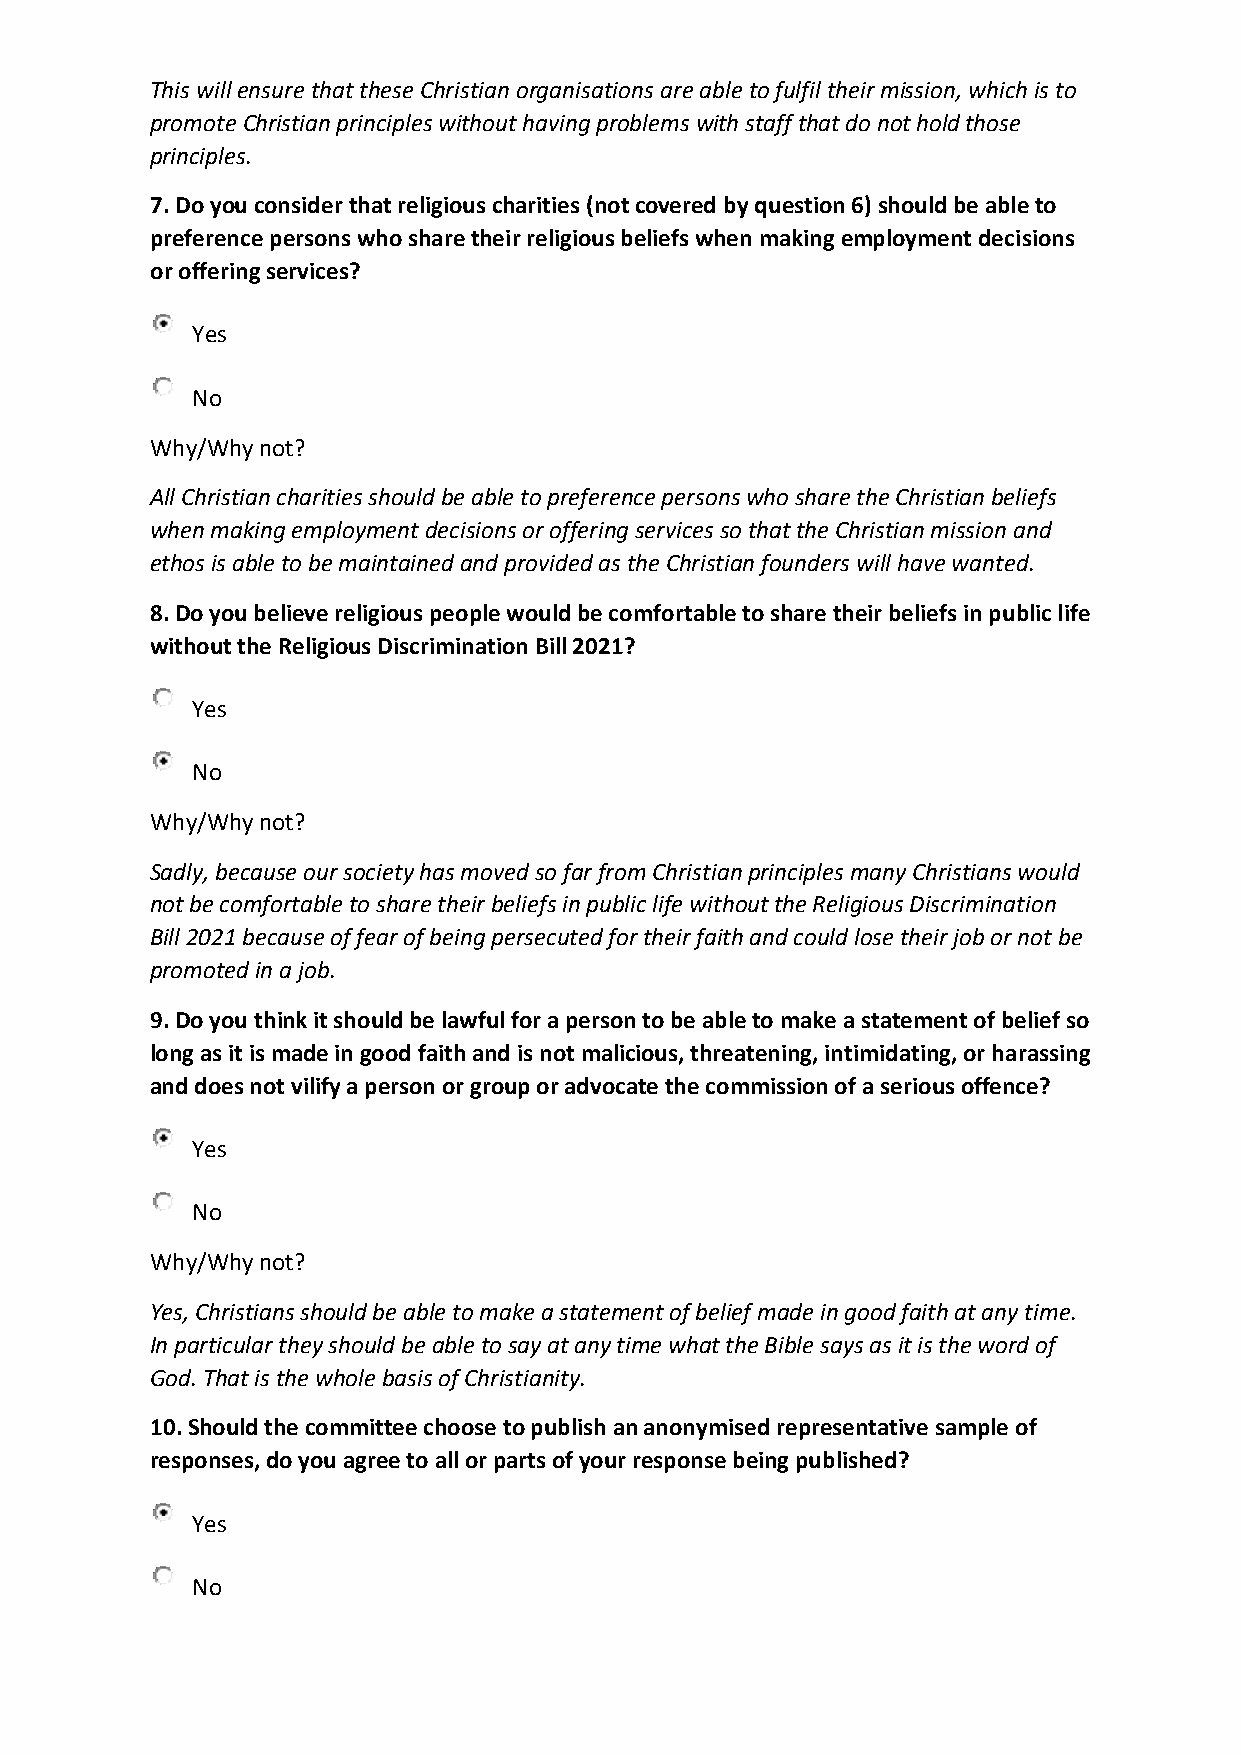
This will ensure that these Christian organisations are able to fulfil their mission, which is to
 promote Christian principles without having problems with staff that do not hold those
 principles.
 7. Do you consider that religious charities (not covered by question 6) should be able to
 preference persons who share their religious beliefs when making employment decisions
 or offering services?
 Yes
 No
 Why/Why not?
 All Christian charities should be able to preference persons who share the Christian beliefs
 when making employment decisions or offering services so that the Christian mission and
 ethos is able to be maintained and provided as the Christian founders will have wanted.
 8.Do you believe religious people would be comfortable to share their beliefs in public life
 without the Religious Discrimination Bill 2021?
 Yes
 No
 Why/Why not?
 Sadly, because our society has moved so far from Christian principles many Christians would
 not be comfortable to share their beliefs in public life without the Religious Discrimination
 Bill 2021 because of fear of being persecuted for their faith and could lose their job or not be
 promoted in a job.
 9.Do you think it should be lawful for a person to be able to make a statement of belief so
 long as it is made in good faith and is not malicious, threatening, intimidating, or harassing
 and does not vilify a person or group or advocate the commission of a serious offence?
 Yes
 No
 Why/Why not?
 Yes, Christians should be able to make a statement of belief made in good faith at any time.
 In particular they should be able to say at any time what the Bible says as it is the word of
 God. That is the whole basis of Christianity.
 10.Should the committee choose to publish an anonymised representative sample of
 responses, do you agree to all or parts of your response being published?
 Yes
 No